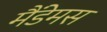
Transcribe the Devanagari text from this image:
मैंडेमस